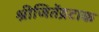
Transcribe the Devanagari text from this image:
श्रीजितेंद्रटाक